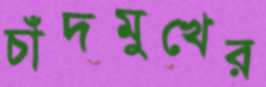
চাঁদমুখের